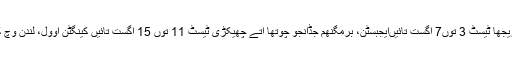
سیریز دا تریجھا ٹیسٹ 3 توں7 اگست تائیںایجبسٹن، برمگنھم جڈانجو چوتھا اتے چھیکڑی ٹیسٹ 11 توں 15 اگست تائیں کینگٹن اوول، لندن وچ کھیڈیاویسی۔